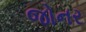
જોનર